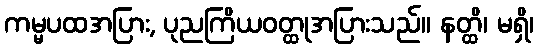
ကမ္မပထအပြား, ပုညကြိယဝတ္ထုအပြားသည်။ နတ္ထိ၊ မရှိ၊